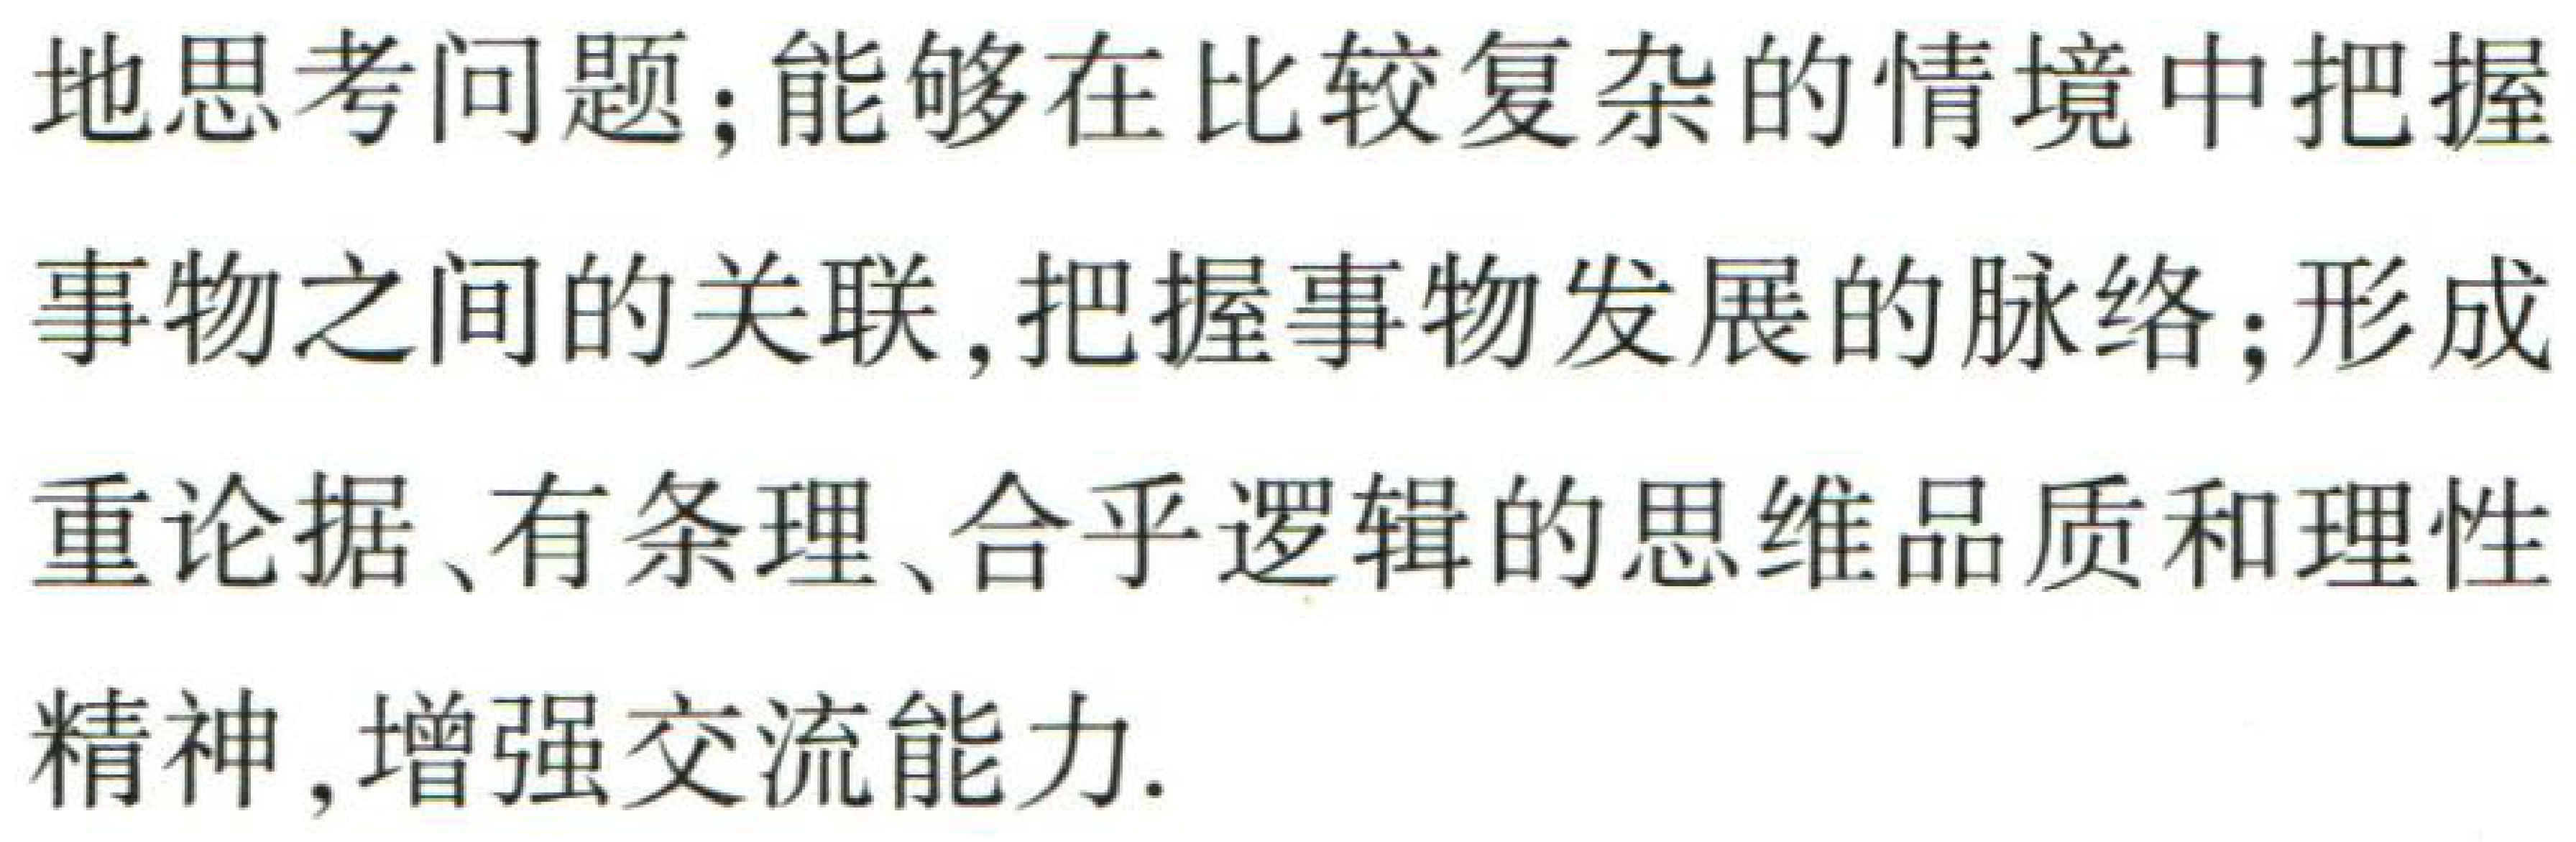
地思考问题；能够在比较复杂的情境中把握

事物之间的关联,把握事物发展的脉络；形成

重论据、有条理、合乎逻辑的思维品质和理性

精神,增强交流能力.